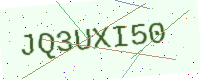
Text: JQ3UXI50